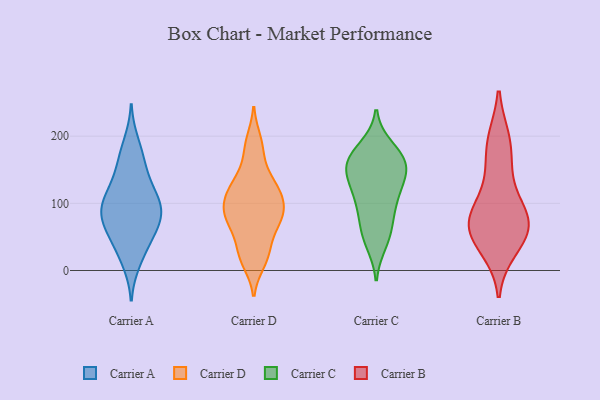
{"axis": {"x": "Waste Production (Tons)", "y": "Value"}, "legend": ["Carrier A", "Carrier B", "Carrier C", "Carrier D"], "data": [{"x": "", "y": 24, "type": "Carrier A"}, {"x": "", "y": 164, "type": "Carrier A"}, {"x": "", "y": 98, "type": "Carrier A"}, {"x": "", "y": 190, "type": "Carrier A"}, {"x": "", "y": 80, "type": "Carrier A"}, {"x": "", "y": 136, "type": "Carrier A"}, {"x": "", "y": 50, "type": "Carrier A"}, {"x": "", "y": 78, "type": "Carrier A"}, {"x": "", "y": 104, "type": "Carrier A"}, {"x": "", "y": 128, "type": "Carrier A"}, {"x": "", "y": 166, "type": "Carrier A"}, {"x": "", "y": 111, "type": "Carrier A"}, {"x": "", "y": 58, "type": "Carrier A"}, {"x": "", "y": 96, "type": "Carrier A"}, {"x": "", "y": 13, "type": "Carrier A"}, {"x": "", "y": 90, "type": "Carrier A"}, {"x": "", "y": 52, "type": "Carrier A"}, {"x": "", "y": 77, "type": "Carrier A"}, {"x": "", "y": 115, "type": "Carrier D"}, {"x": "", "y": 88, "type": "Carrier D"}, {"x": "", "y": 46, "type": "Carrier D"}, {"x": "", "y": 106, "type": "Carrier D"}, {"x": "", "y": 74, "type": "Carrier D"}, {"x": "", "y": 178, "type": "Carrier D"}, {"x": "", "y": 79, "type": "Carrier D"}, {"x": "", "y": 32, "type": "Carrier D"}, {"x": "", "y": 144, "type": "Carrier D"}, {"x": "", "y": 81, "type": "Carrier D"}, {"x": "", "y": 74, "type": "Carrier D"}, {"x": "", "y": 119, "type": "Carrier D"}, {"x": "", "y": 12, "type": "Carrier D"}, {"x": "", "y": 194, "type": "Carrier D"}, {"x": "", "y": 18, "type": "Carrier D"}, {"x": "", "y": 108, "type": "Carrier D"}, {"x": "", "y": 133, "type": "Carrier D"}, {"x": "", "y": 168, "type": "Carrier C"}, {"x": "", "y": 113, "type": "Carrier C"}, {"x": "", "y": 151, "type": "Carrier C"}, {"x": "", "y": 174, "type": "Carrier C"}, {"x": "", "y": 163, "type": "Carrier C"}, {"x": "", "y": 85, "type": "Carrier C"}, {"x": "", "y": 183, "type": "Carrier C"}, {"x": "", "y": 54, "type": "Carrier C"}, {"x": "", "y": 93, "type": "Carrier C"}, {"x": "", "y": 159, "type": "Carrier C"}, {"x": "", "y": 41, "type": "Carrier C"}, {"x": "", "y": 150, "type": "Carrier C"}, {"x": "", "y": 57, "type": "Carrier C"}, {"x": "", "y": 129, "type": "Carrier C"}, {"x": "", "y": 112, "type": "Carrier C"}, {"x": "", "y": 141, "type": "Carrier C"}, {"x": "", "y": 77, "type": "Carrier B"}, {"x": "", "y": 80, "type": "Carrier B"}, {"x": "", "y": 126, "type": "Carrier B"}, {"x": "", "y": 33, "type": "Carrier B"}, {"x": "", "y": 41, "type": "Carrier B"}, {"x": "", "y": 57, "type": "Carrier B"}, {"x": "", "y": 64, "type": "Carrier B"}, {"x": "", "y": 78, "type": "Carrier B"}, {"x": "", "y": 194, "type": "Carrier B"}, {"x": "", "y": 78, "type": "Carrier B"}, {"x": "", "y": 194, "type": "Carrier B"}, {"x": "", "y": 158, "type": "Carrier B"}]}